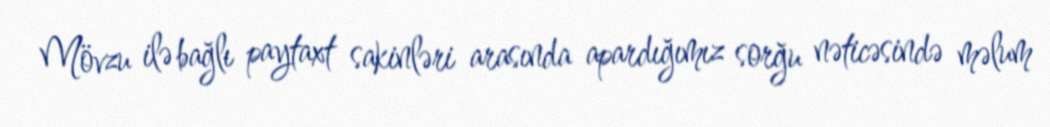
Mövzu ilə bağlı paytaxt sakinləri arasında apardığımız sorğu nəticəsində məlum